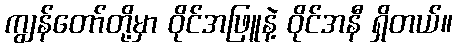
ကျွန်တော်တို့မှာ ဝိုင်အဖြူနဲ့ ဝိုင်အနီ ရှိတယ်။